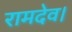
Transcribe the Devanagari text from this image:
रामदेव।